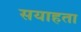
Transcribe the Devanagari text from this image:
सयाहता